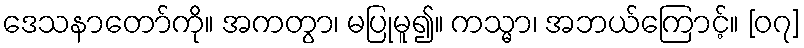
ဒေသနာတော်ကို။ အကတွာ၊ မပြုမူ၍။ ကသ္မာ၊ အဘယ်ကြောင့်။ [၀၇]